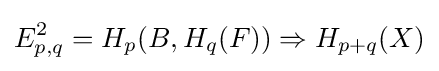
E_{p,q}^{2}=H_{p}(B,H_{q}(F))\Rightarrow H_{p+q}(X)